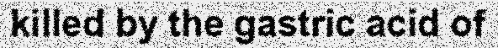
killed by the gastric acid of